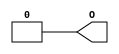
module N1Z000( O );     
    output  O;
assign O = 1'b0;
endmodule